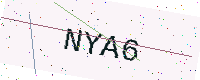
Text: NYA6